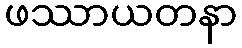
ဖဿာယတနာ